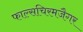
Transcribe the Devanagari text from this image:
फाल्सचिरमजैगर